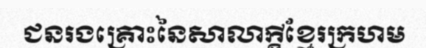
ជនរងគ្រោះនៃសាលាក្តីខ្មែរក្រហម